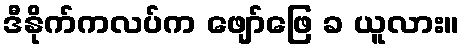
ဒီနိုက်ကလပ်က ဖျော်ဖြေ ခ ယူလား။